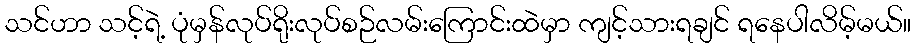
သင်ဟာ သင့်ရဲ့ ပုံမှန်လုပ်ရိုးလုပ်စဉ်လမ်းကြောင်းထဲမှာ ကျင့်သားရချင် ရနေပါလိမ့်မယ်။